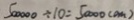
5 0 0 0 0 0 \div 1 0 = 5 0 0 0 0 ( c m )